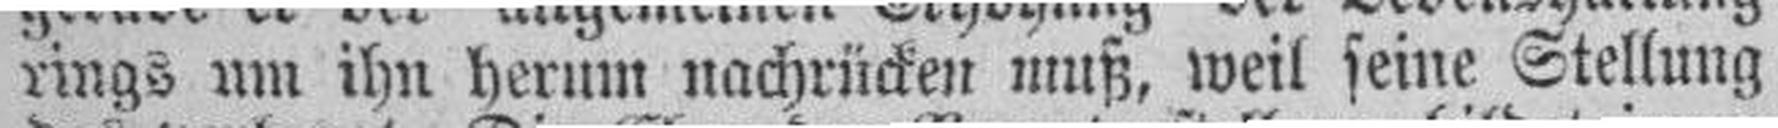
rings um ihn herum nachrücken muß, weil seine Stellung